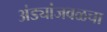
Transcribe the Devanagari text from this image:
अंड्यांजवळचा